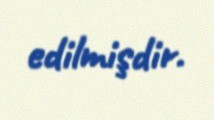
edilmişdir.